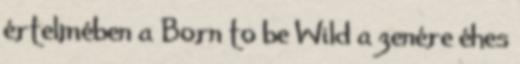
értelmében a Born to be Wild a zenére éhes